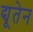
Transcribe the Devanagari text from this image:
द्यूतेन